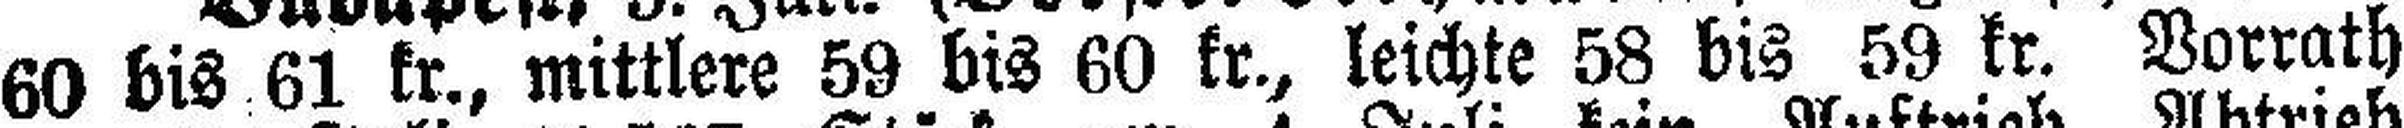
60 bis 61 kr., mittlere 59 bis 60 kr., leichte 58 bis 59 kr. Vorrath